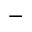
^ -